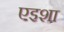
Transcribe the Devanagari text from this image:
एइशा